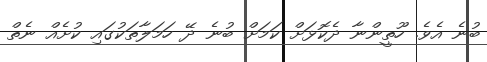
ބުނެ އެވެ. ހޫތީންނާ ދެކޮޅަށް ކަމަށް ބުނެ ދޭ ހަމަލާތަކުގައި ކުށެއް ނެތް